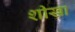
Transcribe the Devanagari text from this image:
शीखा